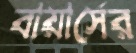
বায়ার্সের